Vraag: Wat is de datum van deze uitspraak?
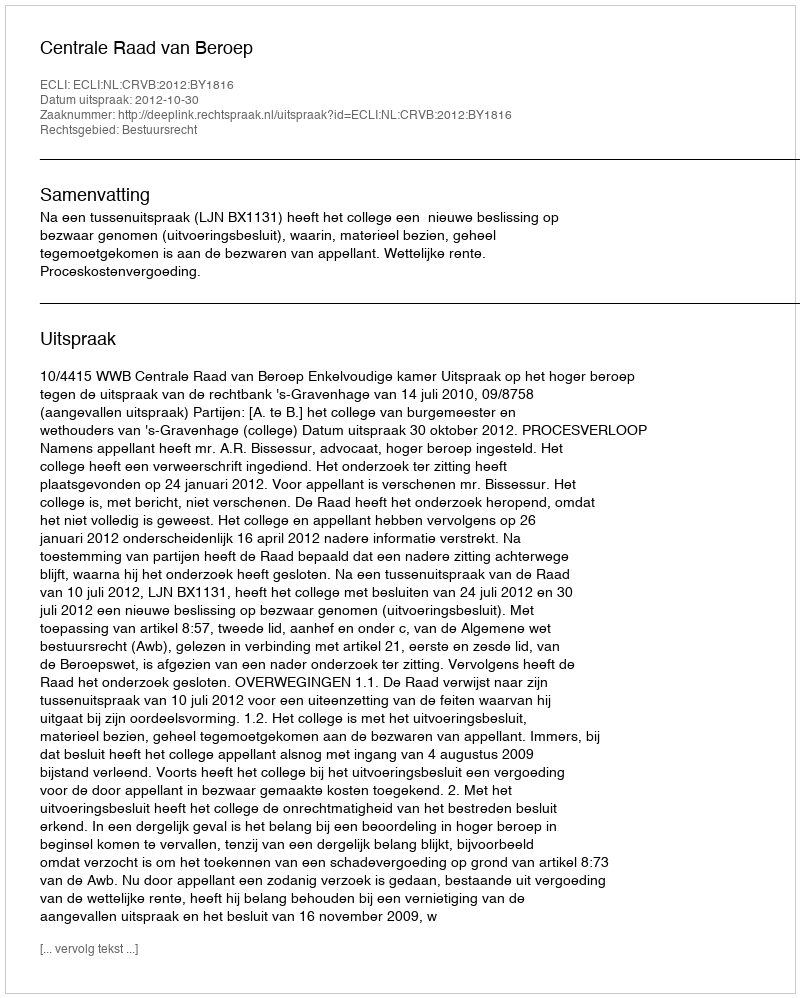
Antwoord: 2012-10-30